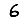
Digit: 6